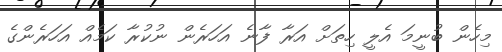
މިހެން ބުނީމަ އެލީ ހިތަށް އަރާ ފާނެ އަހަރެން ނުކުރާ ކަމެއް އަހަރެންގެ